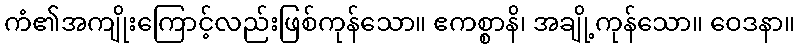
ကံ၏အကျိုးကြောင့်လည်းဖြစ်ကုန်သော။ ဧကစ္စာနိ၊ အချို့ကုန်သော။ ဝေဒနာ။